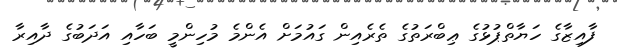
ފާއިޒާގެ ހަޔާތްޕުޅުގެ ޢިބްރަތުގެ ތެރެއިން ގައުމަށް އެންމެ މުހިންމީ ބަހާއި އަދަބުގެ ދާއިރާ